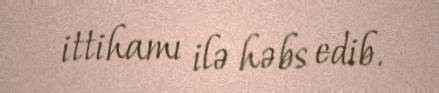
ittihamı ilə həbs edib.